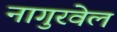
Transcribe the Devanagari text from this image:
नागुरवेल